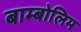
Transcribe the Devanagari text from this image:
बाम्बोलिम